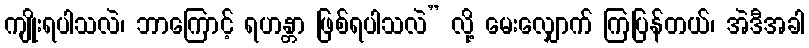
ကျိုးရပါသလဲ၊ ဘာကြောင့် ရဟန္တာ ဖြစ်ရပါသလဲ” လို့ မေးလျှောက် ကြပြန်တယ်၊ အဲဒီအခါ